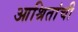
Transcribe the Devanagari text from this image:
आश्रितांची